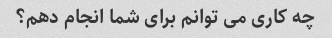
چه کاری می توانم برای شما انجام دهم؟